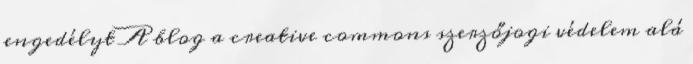
engedélyt A blog a creative commons szerzőjogi védelem alá